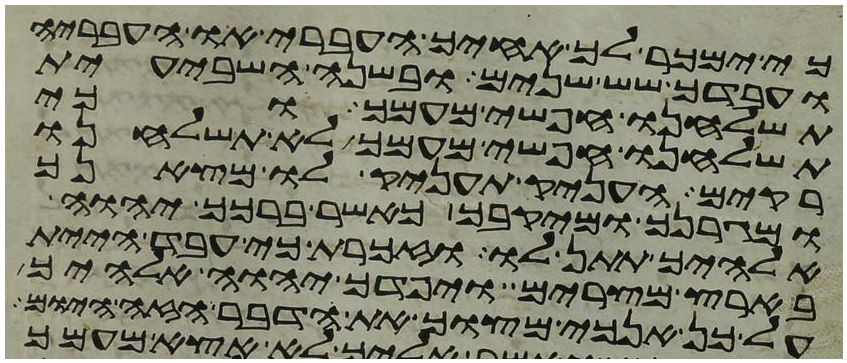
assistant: כי ימכר לך אחיך העברי או העבריה
ועבדך שש שנים ובשנה השביעית
תשלחנו חפשי מעמך וכי
תשלחנו חפשי מעמך לא תשלחנו
ריקם העניק תעניק לו מצאנך
ומגרנך ומיקבך כאשר ברכך יהוה
אלהיך תתן לו וזכרת כי עבד היית
בארץ מצרים ויפדך יהוה אלהיך
על כן אנכי מצוך את הדבר הזה היום